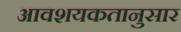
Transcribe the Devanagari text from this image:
आवशयकतानुसार